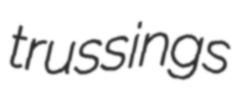
trussings